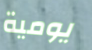
يومية